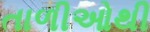
તાળીઓથી